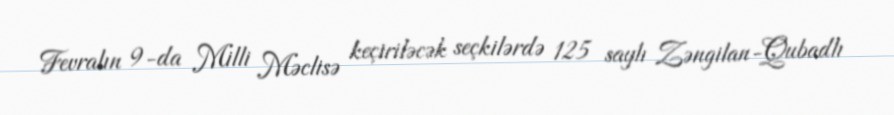
Fevralın 9-da Milli Məclisə keçiriləcək seçkilərdə 125 saylı Zəngilan-Qubadlı